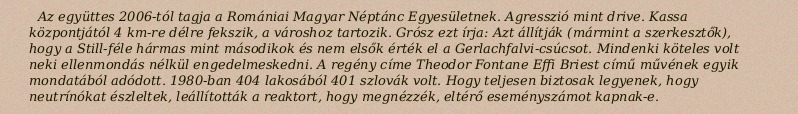
Az együttes 2006-tól tagja a Romániai Magyar Néptánc Egyesületnek. Agresszió mint drive. Kassa központjától 4 km-re délre fekszik, a városhoz tartozik. Grósz ezt írja: Azt állítják (mármint a szerkesztők), hogy a Still-féle hármas mint másodikok és nem elsők érték el a Gerlachfalvi-csúcsot. Mindenki köteles volt neki ellenmondás nélkül engedelmeskedni. A regény címe Theodor Fontane Effi Briest című művének egyik mondatából adódott. 1980-ban 404 lakosából 401 szlovák volt. Hogy teljesen biztosak legyenek, hogy neutrínókat észleltek, leállították a reaktort, hogy megnézzék, eltérő eseményszámot kapnak-e.